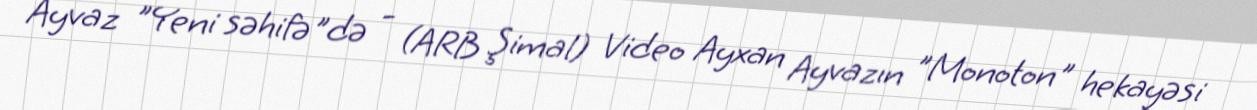
Ayvaz "Yeni səhifə"də - (ARB Şimal) Video Ayxan Ayvazın "Monoton" hekayəsi